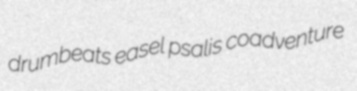
drumbeats easel psalis coadventure